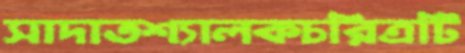
সাদাতশ্যালকচরিত্রটি